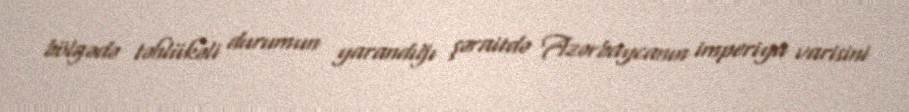
bölgədə təhlükəli durumun yarandığı şəraitdə Azərbaycanın imperiya varisini